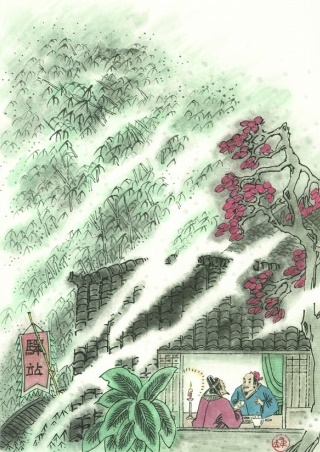
乍见翻疑梦，相悲各问年。